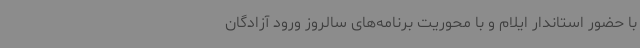
با حضور استاندار ایلام و با محوریت برنامه‌های سالروز ورود آزادگان